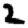
Digit: 2